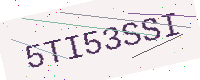
Text: 5TI53SSI